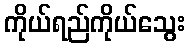
ကိုယ်ရည်ကိုယ်သွေး